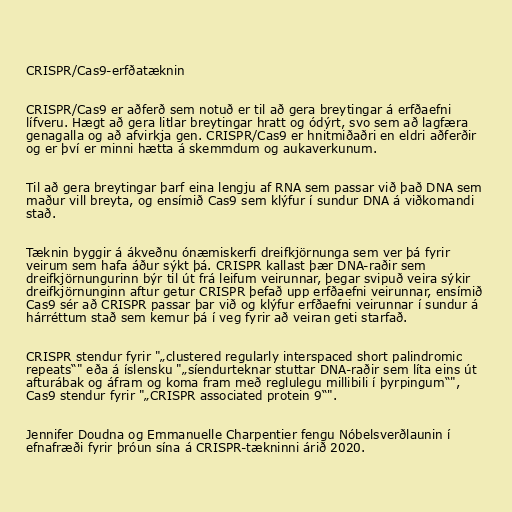
CRISPR/Cas9-erfðatæknin

CRISPR/Cas9 er aðferð sem notuð er til að gera breytingar á erfðaefni
lífveru. Hægt að gera litlar breytingar hratt og ódýrt, svo sem að lagfæra
genagalla og að afvirkja gen. CRISPR/Cas9 er hnitmiðaðri en eldri aðferðir
og er því er minni hætta á skemmdum og aukaverkunum.

Til að gera breytingar þarf eina lengju af RNA sem passar við það DNA sem
maður vill breyta, og ensímið Cas9 sem klýfur í sundur DNA á viðkomandi
stað.

Tæknin byggir á ákveðnu ónæmiskerfi dreifkjörnunga sem ver þá fyrir
veirum sem hafa áður sýkt þá. CRISPR kallast þær DNA-raðir sem
dreifkjörnungurinn býr til út frá leifum veirunnar, þegar svipuð veira sýkir
dreifkjörnunginn aftur getur CRISPR þefað upp erfðaefni veirunnar, ensímið
Cas9 sér að CRISPR passar þar við og klýfur erfðaefni veirunnar í sundur á
hárréttum stað sem kemur þá í veg fyrir að veiran geti starfað.

CRISPR stendur fyrir "„clustered regularly interspaced short palindromic
repeats“" eða á íslensku "„síendurteknar stuttar DNA-raðir sem líta eins út
afturábak og áfram og koma fram með reglulegu millibili í þyrpingum“",
Cas9 stendur fyrir "„CRISPR associated protein 9“".

Jennifer Doudna og Emmanuelle Charpentier fengu Nóbelsverðlaunin í
efnafræði fyrir þróun sína á CRISPR-tækninni árið 2020.